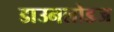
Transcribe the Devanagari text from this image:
डाउनलोडज